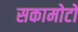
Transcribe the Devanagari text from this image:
सकामोटो